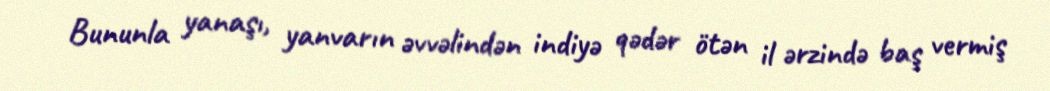
Bununla yanaşı, yanvarın əvvəlindən indiyə qədər ötən il ərzində baş vermiş